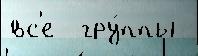
вс'е  гру́ппы